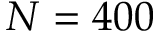
N = 4 0 0